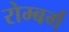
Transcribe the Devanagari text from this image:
रोम्बर्ग